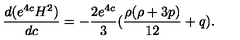
\frac { d ( e ^ { 4 c } H ^ { 2 } ) } { d c } = - \frac { 2 e ^ { 4 c } } { 3 } ( \frac { \rho ( \rho + 3 p ) } { 1 2 } + q ) .